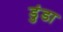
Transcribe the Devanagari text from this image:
डुंडा